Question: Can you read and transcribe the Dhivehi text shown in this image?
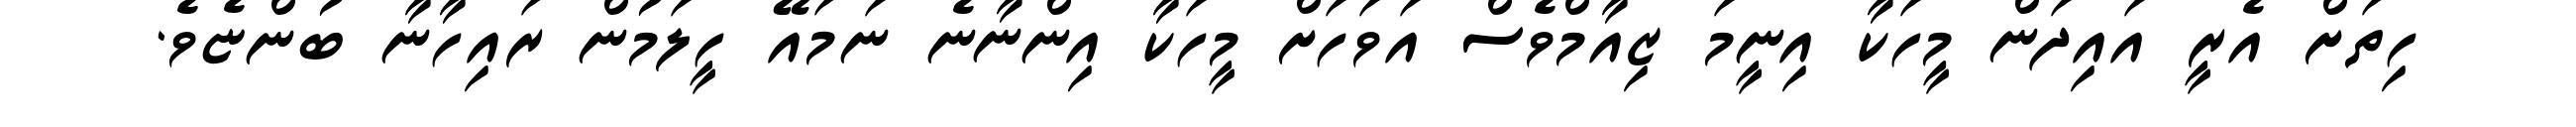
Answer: ހިތަށް އެރީ އައިދަން މީހަކާ އިނީމަ ޒިއާމްވެސް އަވަހަށް މީހަކާ އިންނާނެ ނަމައޭ ހީލަމުން ރައިހާނާ ބުންޏެވެ.